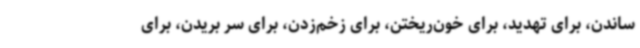
ساندن، برای تهدید، برای خون‌ریختن، برای زخم‌زدن، برای سر بریدن، برای